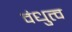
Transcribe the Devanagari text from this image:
वंधुत्व